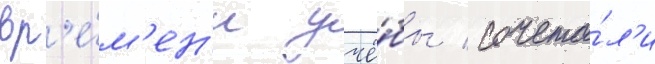
вр'е́м'ен'и учё́бы / сочета́л'и